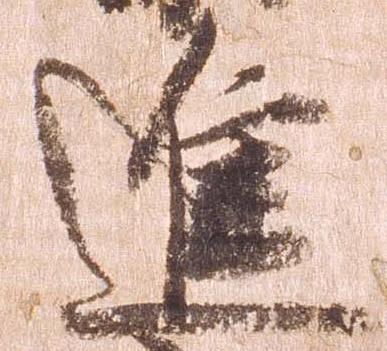
進